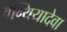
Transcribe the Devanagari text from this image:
वन्थियादेवा